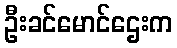
ဦးခင်မောင်ဌေးက